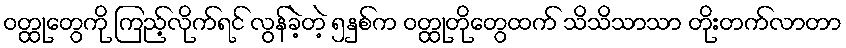
ဝတ္ထုတွေကို ကြည့်လိုက်ရင် လွန်ခဲ့တဲ့ ၅နှစ်က ဝတ္ထုတိုတွေထက် သိသိသာသာ တိုးတက်လာတာ